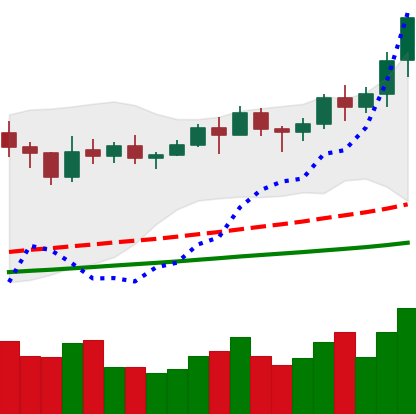
Ticker: LINK-USD
Chart end date: 2021-02-13
Forward return: -4.869%
Label: down_3_5